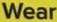
Wear